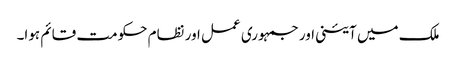
ملک میں آئینی اور جمہوری عمل اور نظام حکومت قائم ہوا۔